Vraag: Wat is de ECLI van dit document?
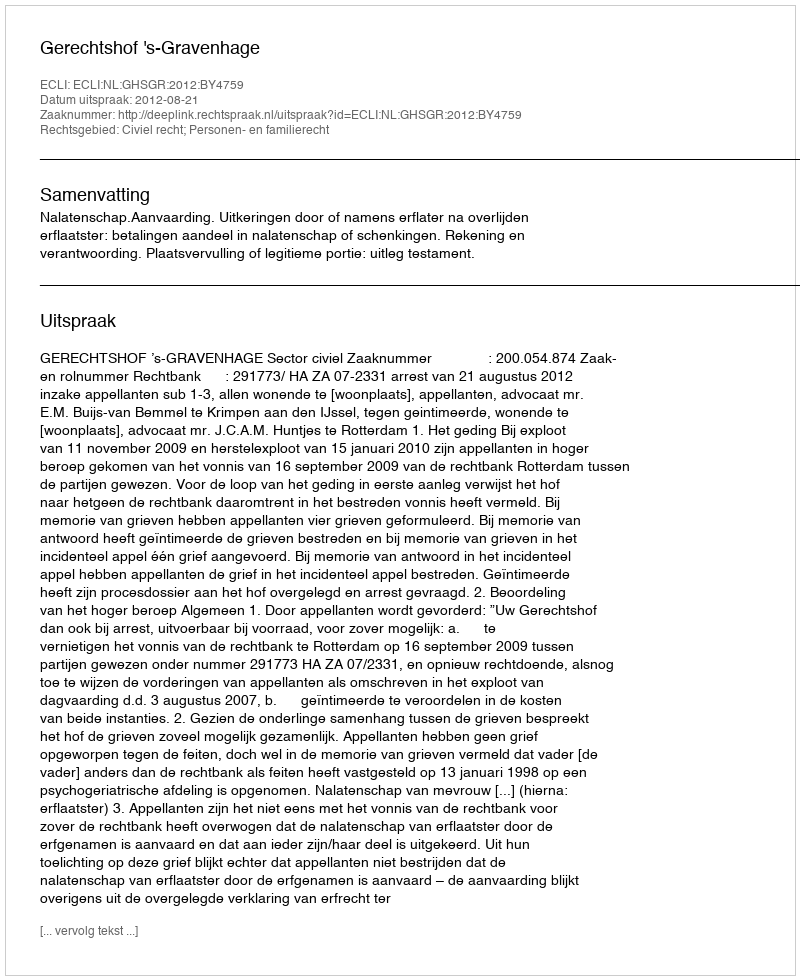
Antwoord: ECLI:NL:GHSGR:2012:BY4759